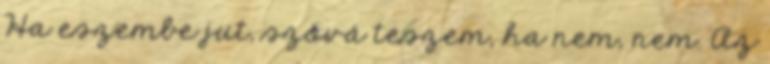
Ha eszembe jut, szóvá teszem, ha nem, nem. Az